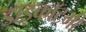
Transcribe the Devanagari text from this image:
डाइकॉटमी